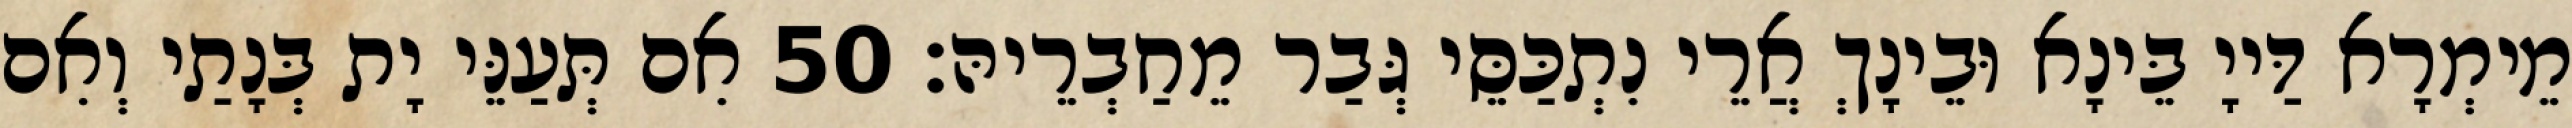
מֵימְרָא דַּייָ בֵּינָא וּבֵינָךְ אֲרֵי נִתְכַּסֵּי גְּבַר מֵחַבְרֵיהּ׃ 50 אִם תְּעַנֵּי יָת בְּנָתַי וְאִם